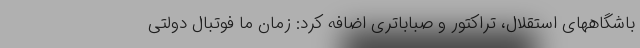
باشگاههای استقلال، تراکتور و صباباتری اضافه کرد: زمان ما فوتبال دولتی